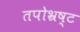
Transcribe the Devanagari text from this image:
तपोभ्रष्ट